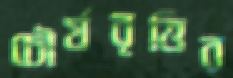
চৌর্যবৃত্তির